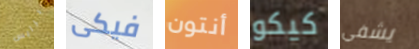
برايس فيكى أنتون كيكو يشفي